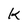
Character: K